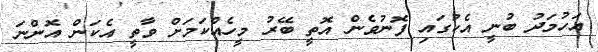
އަހުމަދު ބުނީ އެކުގައި ފޮނުވެން އޮތީ ބޭރު މީހެއްކަމަށް ވާތީ އެކަން އޮންނަ